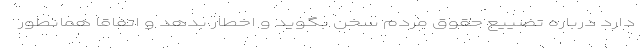
دارد درباره تضییع حقوق مردم سخن بگوید و اخطار بدهد و اتفاقا همانطور